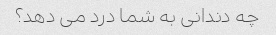
چه دندانی به شما درد می دهد؟